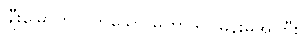
ချီးမြှောက်လိုက်သော မဟာဒုတ်မိန်းမအိုကြီး။